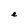
Character: e